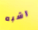
اشبه